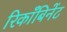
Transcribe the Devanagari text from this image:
रिकाँबिनेंट